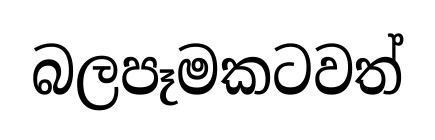
බලපෑමකටවත්